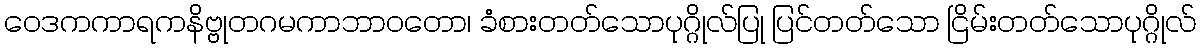
ဝေဒကကာရကနိဗ္ဗုတဂမကာဘာဝတော၊ ခံစားတတ်သောပုဂ္ဂိုလ်ပြု ပြင်တတ်သော ငြိမ်းတတ်သောပုဂ္ဂိုလ်